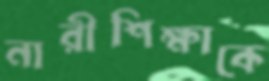
নারীশিক্ষাকে